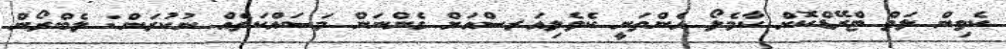
ކެވިން ލަވް ޓްރޭޑްކޮށް ކާމެލޯ އެންތަނީ ކެވެލިއަރސްއަށް ގެންނަން މަސައްކަތެއް ނުކުރަން: ލެބްރޯން